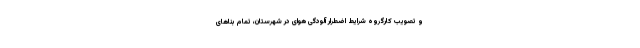
و تصویب کارگروه شرایط اضطرار آلودگی هوای در شهرستان، تمام بناهای